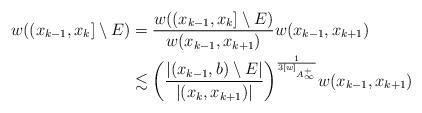
LaTeX: \begin{align*}w((x_{k-1},x_k]\setminus E)&=\frac{w((x_{k-1},x_k]\setminus E)}{w(x_{k-1},x_{k+1})} w(x_{k-1},x_{k+1})\\&\lesssim \bigg(\frac{|(x_{k-1},b)\setminus E|}{|(x_k,x_{k+1})|}\bigg)^\frac{1}{3[w]_{A_\infty ^+}} w(x_{k-1},x_{k+1})\end{align*}